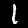
Label: 1